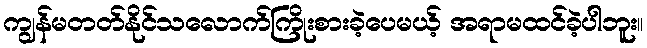
ကျွန်မတတ်နိုင်သလောက်ကြိုးစားခဲ့ပေမယ့် အရာမထင်ခဲ့ပါဘူး။